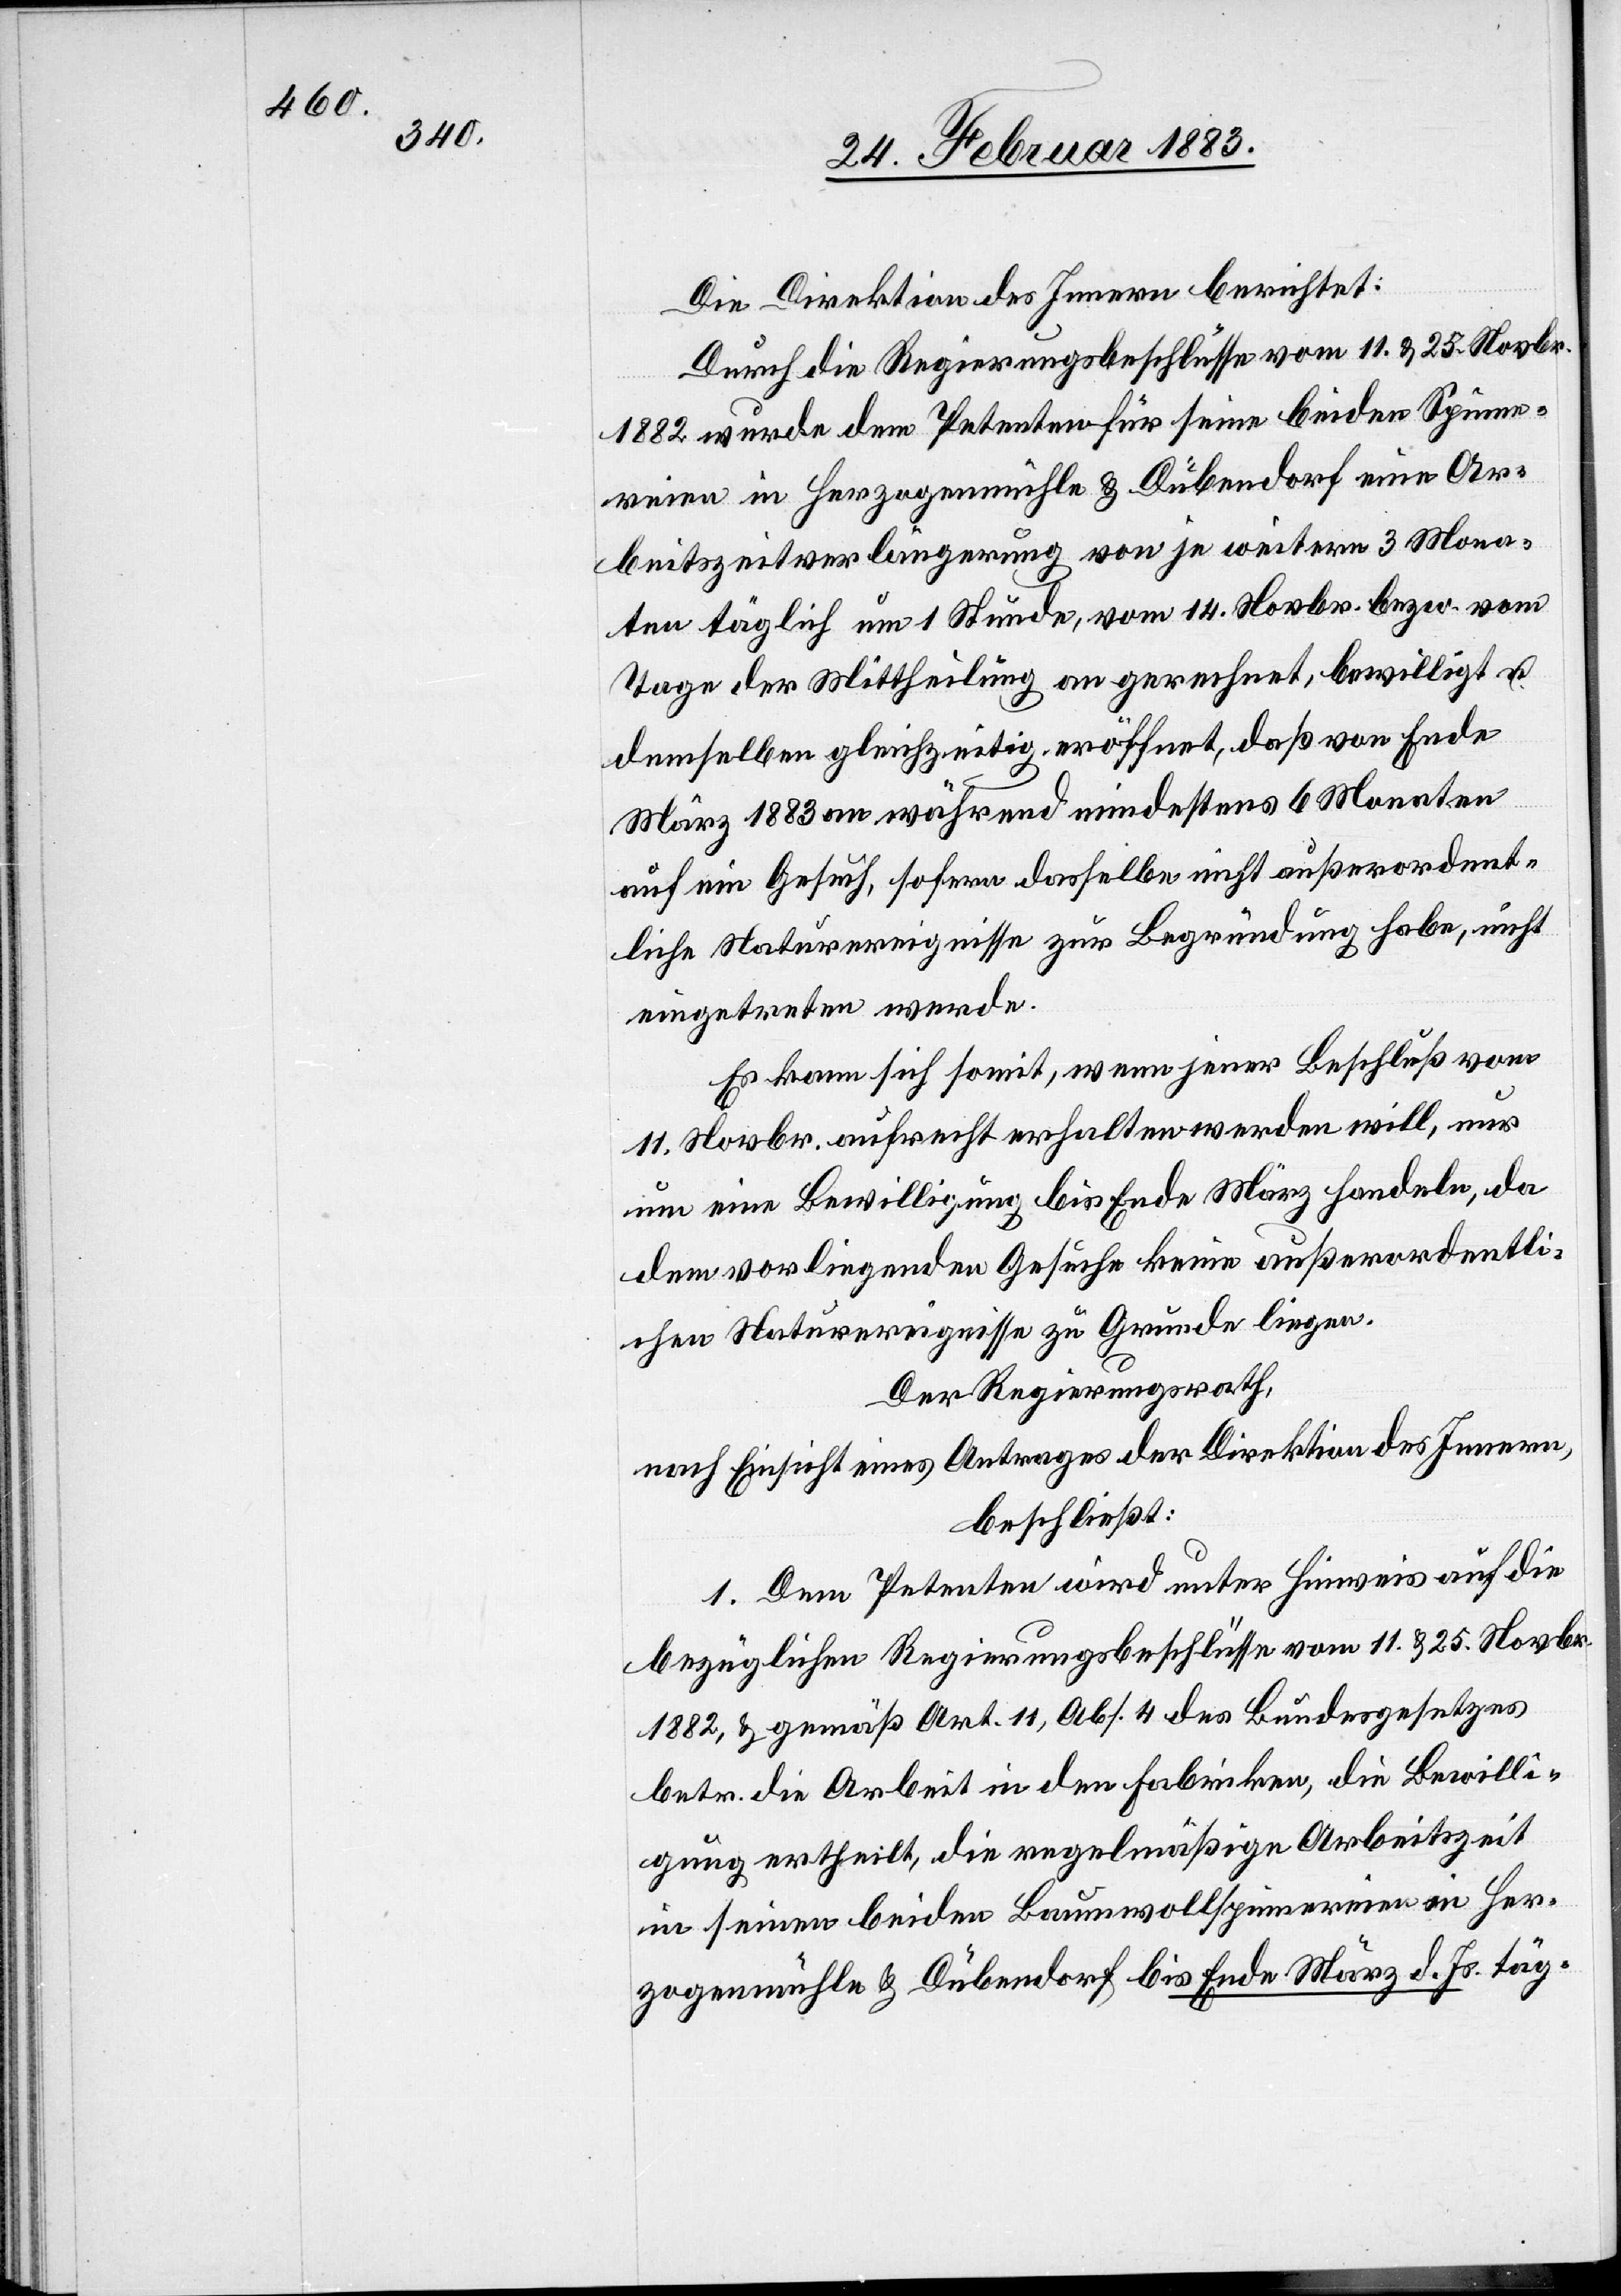
Die Direktion des Innern berichtet:
Durch die Regierungsbeschlüsse vom 11. & 25. Novbr.
1882 wurde dem Petenten für seine beiden Spinne¬
reien in Herzogenmühle & Dübendorf eine Ar¬
beitszeitverlängerung von je weitern 3 Mona¬
ten täglich um 1 Stunde, vom 14. Novbr. bezw. vom
Tage der Mittheilung an gerechnet bewilligt u.
demselben gleichzeitig eröffnet, daß von Ende
März 1883 an während mindestens 6 Monaten
auf ein Gesuch, sofern dasselbe nicht außerordent¬
liche Naturereignisse zur Begründung habe, nicht
eingetreten werde.
Es kann sich somit, wenn jener Beschluß vom
11. Novbr. aufrecht erhalten werden will, nur
um eine Bewilligung bis Ende März handeln, da
dem vorliegenden Gesuche keine außerordentli¬
chen Naturereignisse zu Grunde liegen.
Der Regierungsrath,
nach Einsicht eines Antrages der Direktion des Innern,
beschließt:
1. Dem Petenten wird unter Hinweis auf die
bezüglichen Regierungsbeschlüsse vom 11. & 25. Novbr.
1882, & gemäß Art. 11, Abs. 4 des Bundesgesetzes
betr. die Arbeit in den Fabriken, die Bewilli¬
gung ertheilt, die regelmäßige Arbeitszeit
in seinen beiden Baumwollspinnereien in Her¬
zogenmühle & Dübendorf bis Ende März d. Js. täg-